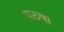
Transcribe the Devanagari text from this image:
परुषा